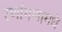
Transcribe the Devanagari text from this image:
रणांगणामधे